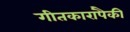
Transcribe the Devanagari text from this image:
गीतकारांपैकी